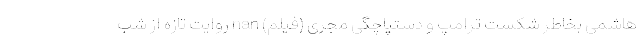
هاشمی بخاطر شکست ترامپ و دستپاچگی مجری (فیلم) nan روایت تازه از شب